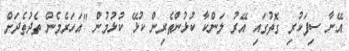
އޭނާ ސިފަކުރި ގޮތުގައި އޭރު ލަންކާ ކުޅުންތެރިން ކުޅޭ ކުޅުމުން "އަހަރެމެން ތެދުތެދަށް